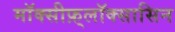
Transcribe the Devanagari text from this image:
मॉक्सीफ़्लॉक्सासिन